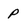
Character: P